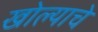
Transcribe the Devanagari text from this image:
खोल्याचे